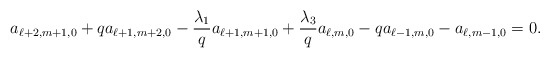
\begin{align*} a_{\ell+2,m+1,0}+qa_{\ell+1,m+2,0}-\frac{\lambda_1}{q}a_{\ell+1,m+1,0}+\frac{\lambda_3}{q}a_{\ell,m,0}-qa_{\ell-1,m,0}-a_{\ell,m-1,0}=0. \end{align*}